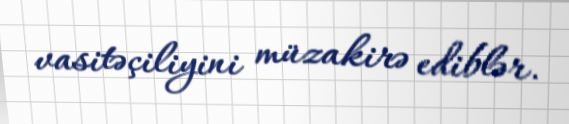
vasitəçiliyini müzakirə ediblər.